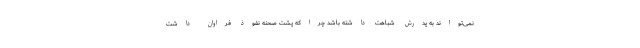
نمی‌تواند به پدرش شباهت داشته باشد چرا‌که پشت صحنه نفوذ فراوان داشت